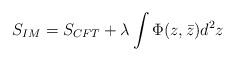
LaTeX: \begin{align*}{S_{IM}=S_{CFT}+\lambda\int\Phi(z,\bar{z})d^2z}\end{align*}